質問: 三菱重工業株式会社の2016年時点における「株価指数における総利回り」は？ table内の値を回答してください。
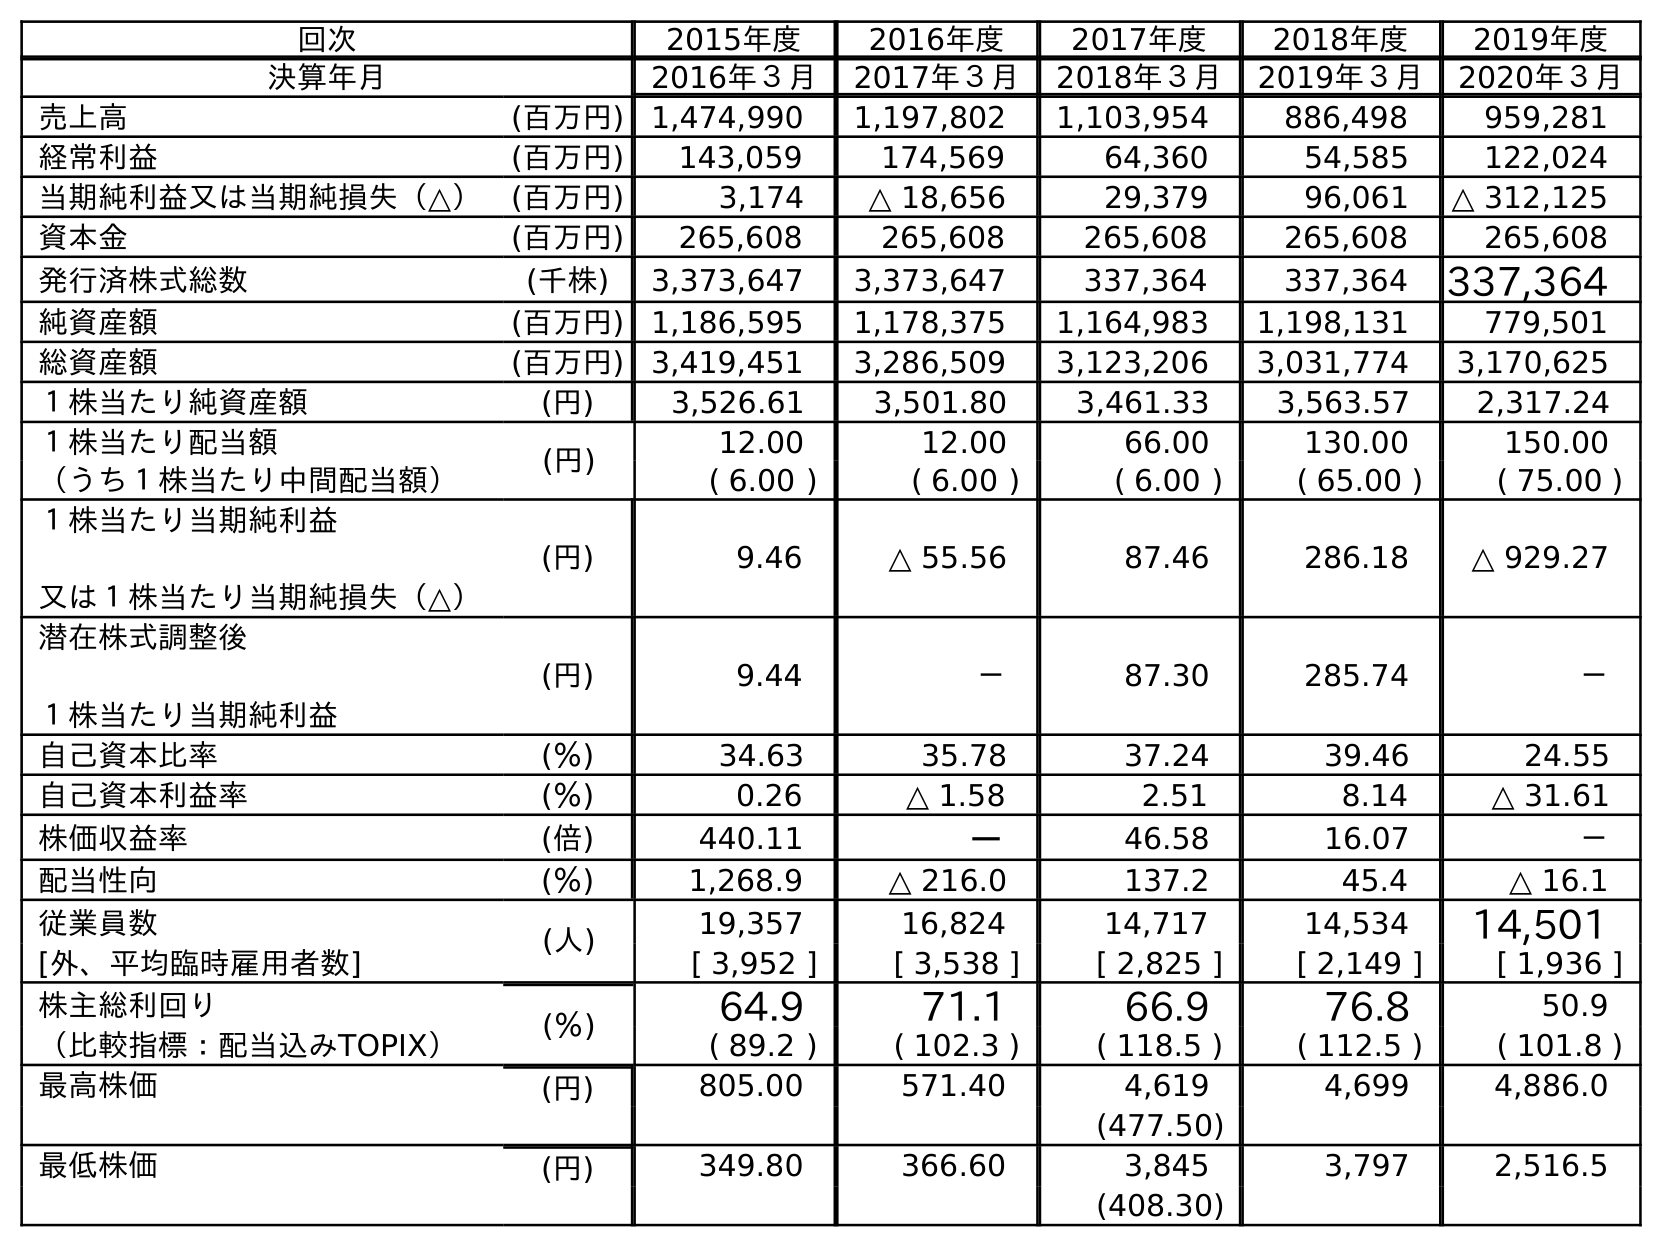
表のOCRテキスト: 回次 2015年度 2016年度 2017年度 2018年度 2019年度 決算年月 2016年３月 2017年３月 2018年３月 2019年３月 2020年３月 売上高 (百万円) 1,474,990 1,197,802 1,103,954 886,498 959,281 経常利益 (百万円) 143,059 174,569 64,360 54,585 122,024 当期純利益又は当期純損失（△） (百万円) 3,174 △ 18,656 29,379 96,061 △ 312,125 資本金 (百万円) 265,608 265,608 265,608 265,608 265,608 発行済株式総数 (千株) 3,373,647 3,373,647 337,364 337,364 337,364 純資産額 (百万円) 1,186,595 1,178,375 1,164,983 1,198,131 779,501 総資産額 (百万円) 3,419,451 3,286,509 3,123,206 3,031,774 3,170,625 １株当たり純資産額 (円) 3,526.61 3,501.80 3,461.33 3,563.57 2,317.24 １株当たり配当額 (円) 12.00 12.00 66.00 130.00 150.00 （うち１株当たり中間配当額） ( 6.00 ) ( 6.00 ) ( 6.00 ) ( 65.00 ) ( 75.00 ) １株当たり当期純利益 又は１株当たり当期純損失（△） (円) 9.46 △ 55.56 87.46 286.18 △ 929.27 潜在株式調整後 １株当たり当期純利益 (円) 9.44 － 87.30 285.74 － 自己資本比率 (％) 34.63 35.78 37.24 39.46 24.55 自己資本利益率 (％) 0.26 △ 1.58 2.51 8.14 △ 31.61 株価収益率 (倍) 440.11 － 46.58 16.07 － 配当性向 (％) 1,268.9 △ 216.0 137.2 45.4 △ 16.1 従業員数 (人) 19,357 16,824 14,717 14,534 14,501 [外、平均臨時雇用者数] [ 3,952 ] [ 3,538 ] [ 2,825 ] [ 2,149 ] [ 1,936 ] 株主総利回り (％) 64.9 71.1 66.9 76.8 50.9 （比較指標：配当込みTOPIX） ( 89.2 ) ( 102.3 ) ( 118.5 ) ( 112.5 ) ( 101.8 ) 最高株価 (円) 805.00 571.40 4,619 4,699 4,886.0 (477.50) 最低株価 (円) 349.80 366.60 3,845 3,797 2,516.5 (408.30)
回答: (89.2)